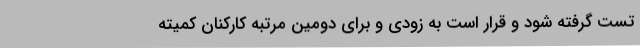
تست گرفته شود و قرار است به زودی و برای دومین مرتبه کارکنان کمیته